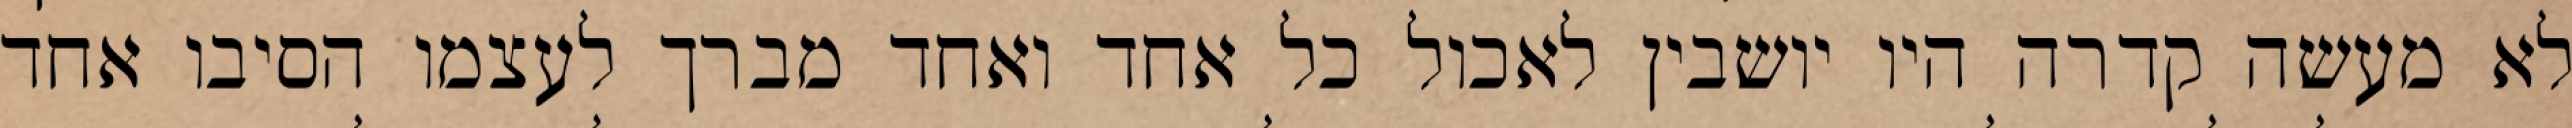
לא מעשה קדרה היו יושבין לאכול כל אחד ואחד מברך לעצמו הסיבו אחד